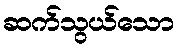
ဆက်သွယ်သော